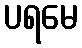
ပရမေ